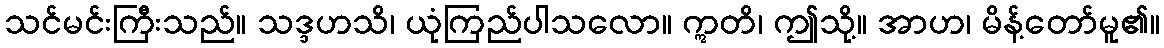
သင်မင်းကြီးသည်။ သဒ္ဒဟသိ၊ ယုံကြည်ပါသလော။ ဣတိ၊ ဤသို့။ အာဟ၊ မိန့်တော်မူ၏။